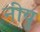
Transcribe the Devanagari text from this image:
नीयु